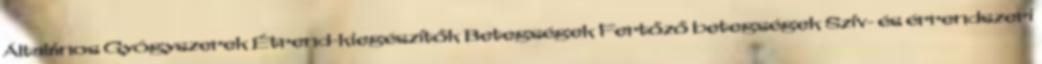
Általános Gyógyszerek Étrend-kiegészítők Betegségek Fertőző betegségek Szív- és érrendszeri